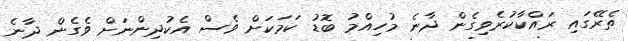
ތެރޭގައި ރައްކާކުރެވިގެން ދާނެ މުހިއްމު ބޮޑު ކަމަކަށް ވެސް އެކުދިންނަށް ވެގެން ދާނެ